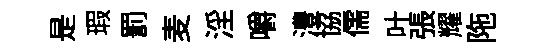
是瑕罰麦淫嚼澧協儒叶張耀陁